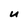
Character: u